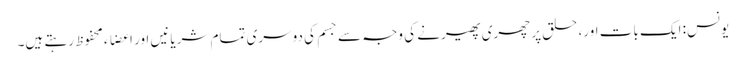
یونس: ایک بات اور، حلق پر چھری پھیرنے کی وجہ سے جسم کی دوسری تمام شریانیں اور اعضاء محفوظ رہتے ہیں۔